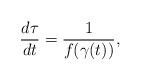
LaTeX: \begin{align*} \frac{d\tau}{dt}=\frac 1{ f(\gamma(t))},\end{align*}